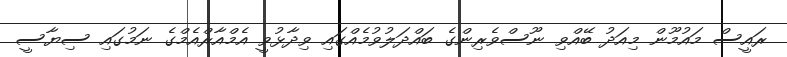
ރައީސް މައުމޫން މިއަދު ބޭއްވި ނޫސްވެރިންގެ ބައްދަލުވުމެއްގައި ވިދާޅުވީ އެމްއާރްއެމްގެ ނަމުގައި ސިޔާސީ